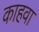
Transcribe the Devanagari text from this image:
काहवा